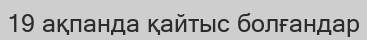
19 ақпанда қайтыс болғандар